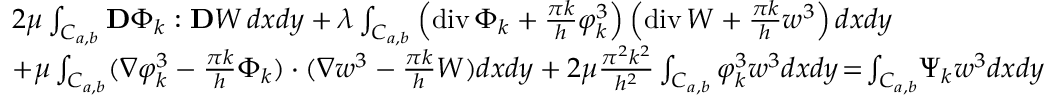
\begin{array} { r l } & { 2 \mu \int _ { C _ { a , b } } { \bf D } \Phi _ { k } : { \bf D } W \, d x d y + \lambda \int _ { C _ { a , b } } \left( \mathrm { d i v } \, \Phi _ { k } + \frac { \pi k } h \varphi _ { k } ^ { 3 } \right) \left( \mathrm { d i v } \, W + \frac { \pi k } h w ^ { 3 } \right) d x d y } \\ & { + \mu \int _ { C _ { a , b } } ( \nabla \varphi _ { k } ^ { 3 } - \frac { \pi k } h \Phi _ { k } ) \cdot ( \nabla w ^ { 3 } - \frac { \pi k } h W ) d x d y + 2 \mu \frac { \pi ^ { 2 } k ^ { 2 } } { h ^ { 2 } } \int _ { C _ { a , b } } \varphi _ { k } ^ { 3 } w ^ { 3 } d x d y \! = \! \int _ { C _ { a , b } } \! \Psi _ { k } w ^ { 3 } d x d y } \end{array}